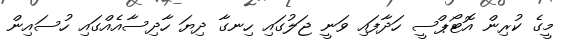
މީގެ ކުރިން އޮޓޯޕްސީ ހަދާފައި ވަނީ ޖަލުގައި ހިނގާ ދިޔަ ހާދިސާއެއްގައި ހުސައިން